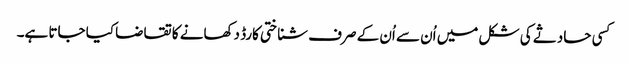
کسی حادثے کی شکل میں اُن سے اُن کے صرف شناختی کارڈ دکھانے کا تقاضا کیا جاتا ہے۔